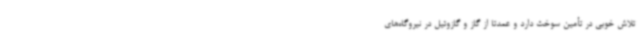
تلاش خوبی در تأمین سوخت دارد و عمدتاً از گاز و گازوئیل در نیروگاه‌های